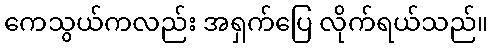
ကေသွယ်ကလည်း အရှက်ပြေ လိုက်ရယ်သည်။